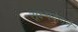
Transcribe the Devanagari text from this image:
सूक्ष्मदेहाने